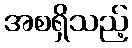
အစရှိသည့်